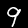
Digit: 9